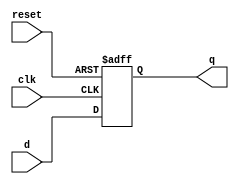
`timescale 1ns / 1ps
module AD_FF(q, d, clk, reset);
//dimensions and sizes
input d, clk, reset;
output reg q;
//asynchronous reset D-FF
always@(posedge clk, posedge reset)
begin
    if (reset == 1)
    q <= 1'b0;
    else 
    q <= d;
end
endmodule